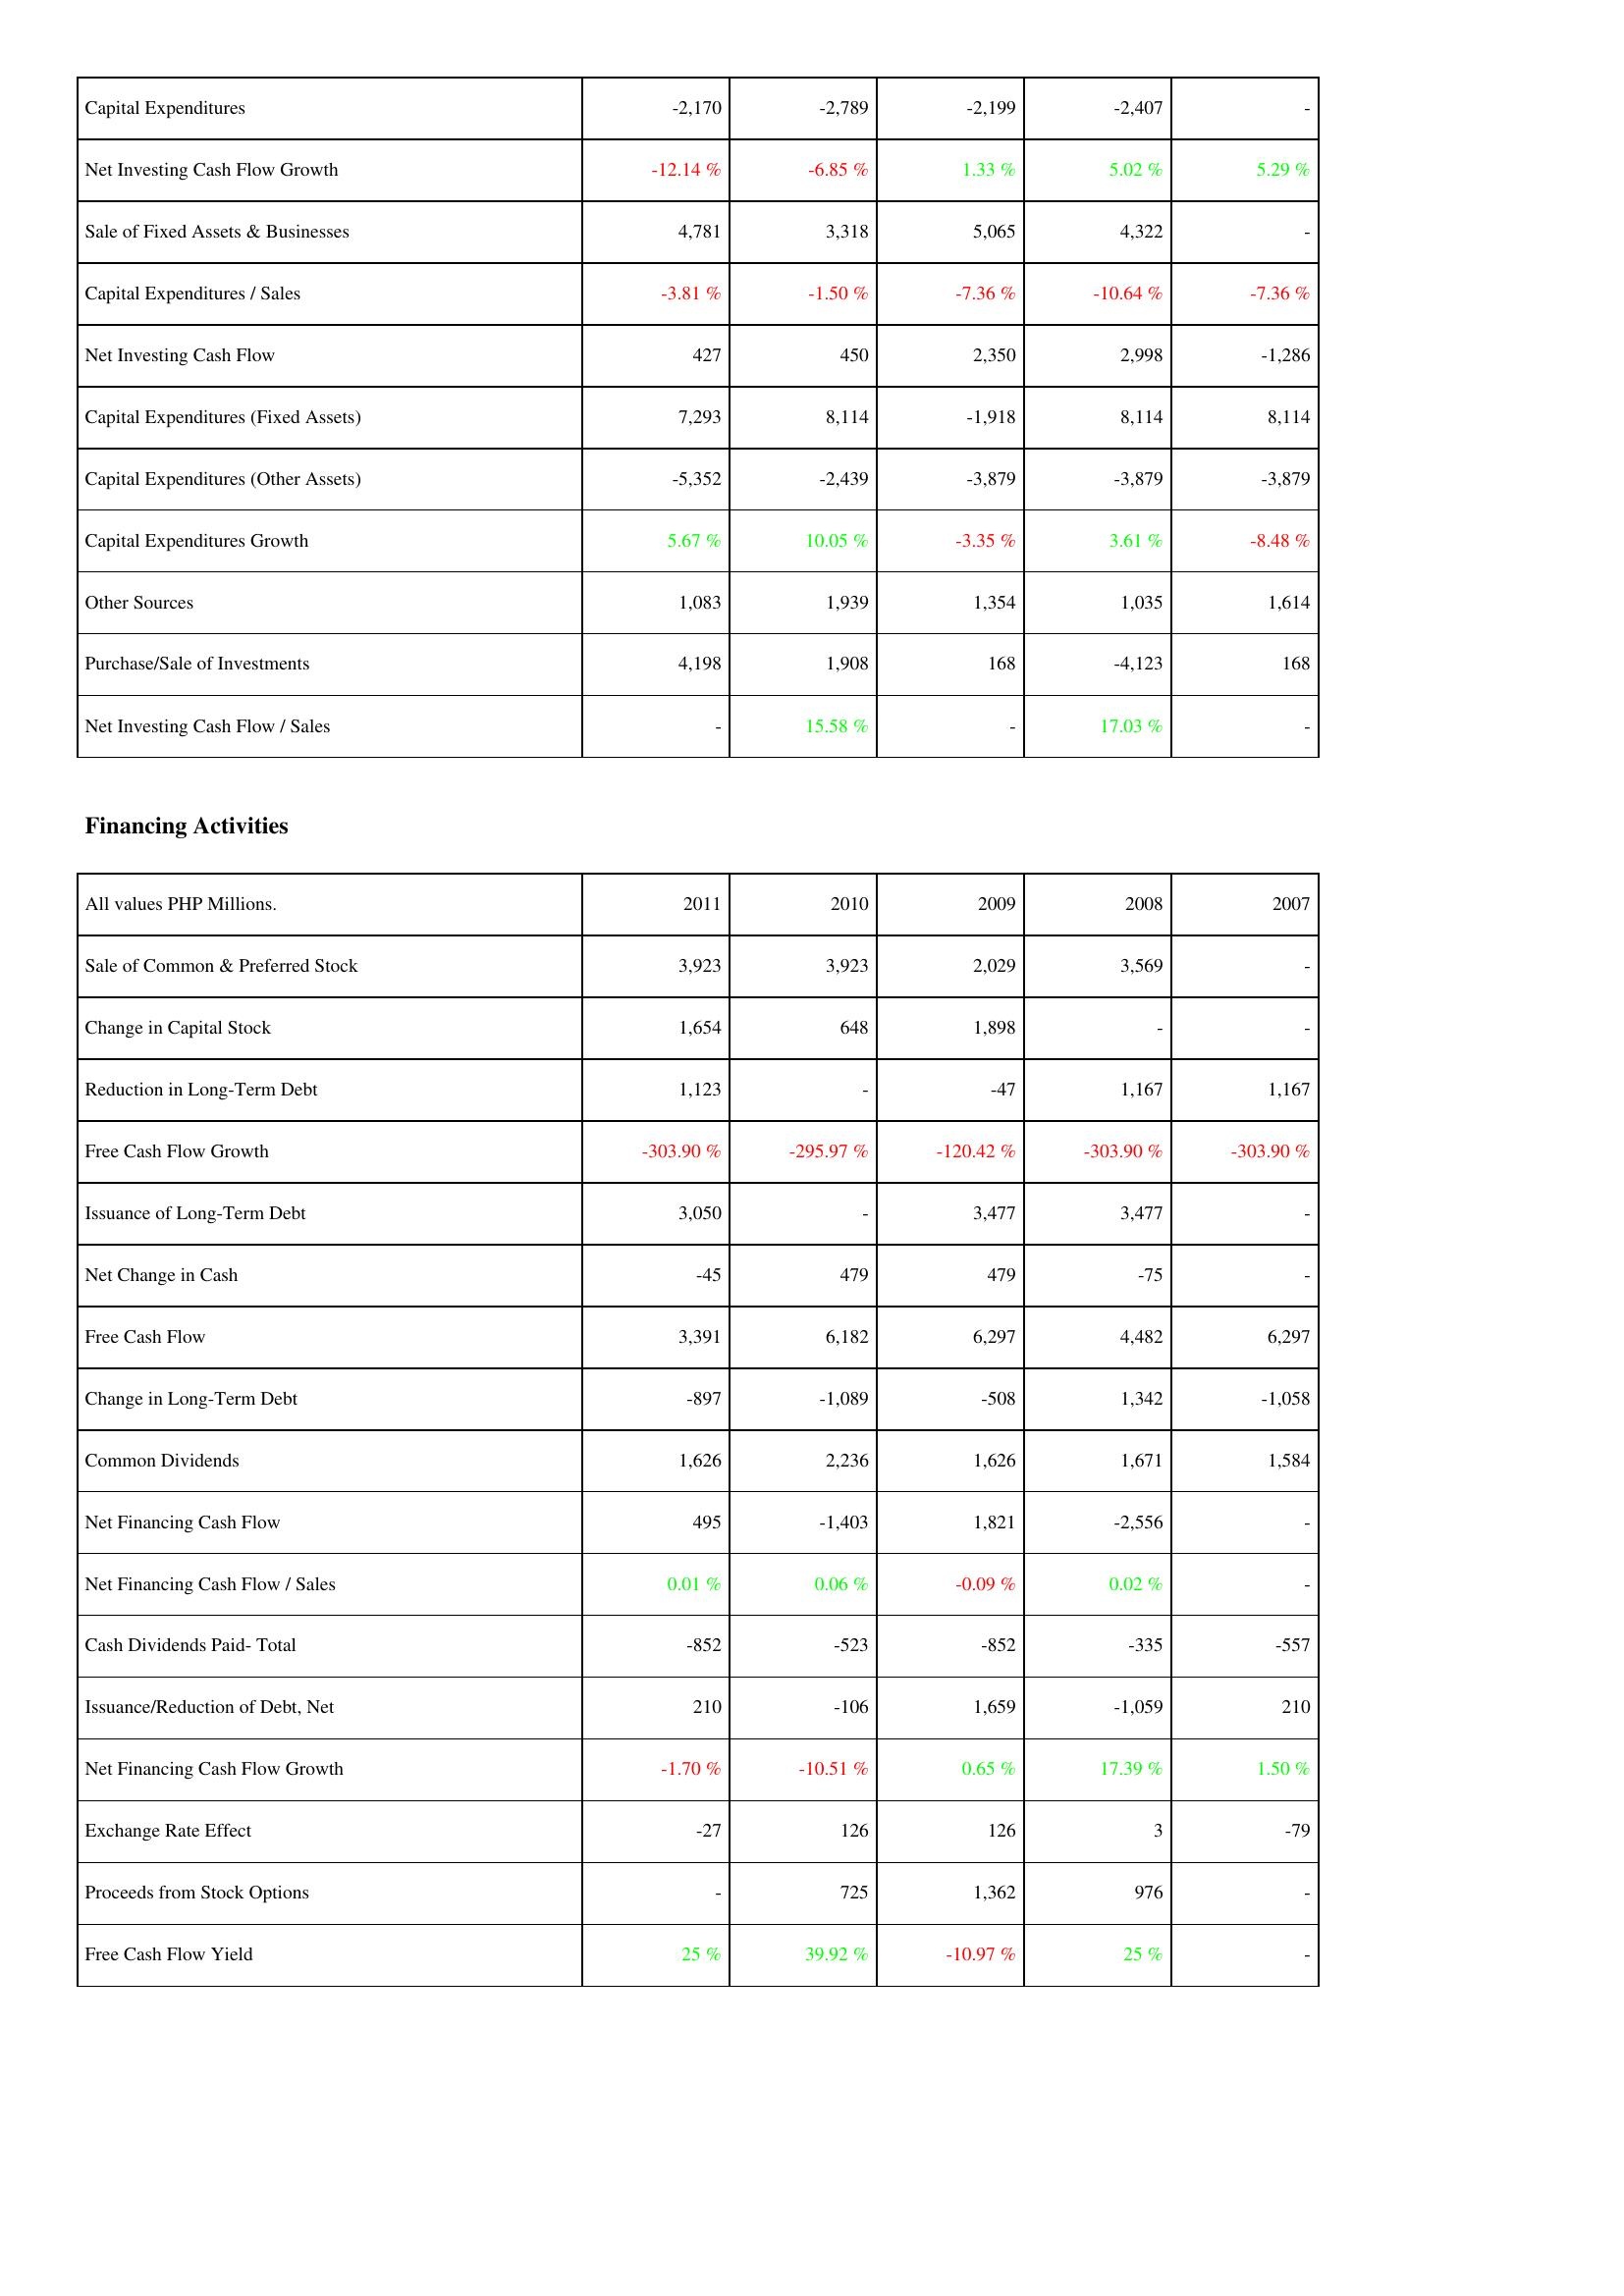
2011: Investing Activities: Capital Expenditures: -2,170
Net Investing Cash Flow Growth: -12.14 %
Sale of Fixed Assets & Businesses: 4,781
Capital Expenditures / Sales: -3.81 %
Net Investing Cash Flow: 427
Capital Expenditures (Fixed Assets): 7,293
Capital Expenditures (Other Assets): -5,352
Capital Expenditures Growth: 5.67 %
Other Sources: 1,083
Purchase/Sale of Investments: 4,198
Net Investing Cash Flow / Sales: -
Financing Activities: Sale of Common & Preferred Stock: 3,923
Change in Capital Stock: 1,654
Reduction in Long-Term Debt: 1,123
Free Cash Flow Growth: -303.90 %
Issuance of Long-Term Debt: 3,050
Net Change in Cash: -45
Free Cash Flow: 3,391
Change in Long-Term Debt: -897
Common Dividends: 1,626
Net Financing Cash Flow: 495
Net Financing Cash Flow / Sales: 0.01 %
Cash Dividends Paid- Total: -852
Issuance/Reduction of Debt, Net: 210
Net Financing Cash Flow Growth: -1.70 %
Exchange Rate Effect: -27
Proceeds from Stock Options: -
Free Cash Flow Yield: 25 %
2010: Investing Activities: Capital Expenditures: -2,789
Net Investing Cash Flow Growth: -6.85 %
Sale of Fixed Assets & Businesses: 3,318
Capital Expenditures / Sales: -1.50 %
Net Investing Cash Flow: 450
Capital Expenditures (Fixed Assets): 8,114
Capital Expenditures (Other Assets): -2,439
Capital Expenditures Growth: 10.05 %
Other Sources: 1,939
Purchase/Sale of Investments: 1,908
Net Investing Cash Flow / Sales: 15.58 %
Financing Activities: Sale of Common & Preferred Stock: 3,923
Change in Capital Stock: 648
Reduction in Long-Term Debt: -
Free Cash Flow Growth: -295.97 %
Issuance of Long-Term Debt: -
Net Change in Cash: 479
Free Cash Flow: 6,182
Change in Long-Term Debt: -1,089
Common Dividends: 2,236
Net Financing Cash Flow: -1,403
Net Financing Cash Flow / Sales: 0.06 %
Cash Dividends Paid- Total: -523
Issuance/Reduction of Debt, Net: -106
Net Financing Cash Flow Growth: -10.51 %
Exchange Rate Effect: 126
Proceeds from Stock Options: 725
Free Cash Flow Yield: 39.92 %
2009: Investing Activities: Capital Expenditures: -2,199
Net Investing Cash Flow Growth: 1.33 %
Sale of Fixed Assets & Businesses: 5,065
Capital Expenditures / Sales: -7.36 %
Net Investing Cash Flow: 2,350
Capital Expenditures (Fixed Assets): -1,918
Capital Expenditures (Other Assets): -3,879
Capital Expenditures Growth: -3.35 %
Other Sources: 1,354
Purchase/Sale of Investments: 168
Net Investing Cash Flow / Sales: -
Financing Activities: Sale of Common & Preferred Stock: 2,029
Change in Capital Stock: 1,898
Reduction in Long-Term Debt: -47
Free Cash Flow Growth: -120.42 %
Issuance of Long-Term Debt: 3,477
Net Change in Cash: 479
Free Cash Flow: 6,297
Change in Long-Term Debt: -508
Common Dividends: 1,626
Net Financing Cash Flow: 1,821
Net Financing Cash Flow / Sales: -0.09 %
Cash Dividends Paid- Total: -852
Issuance/Reduction of Debt, Net: 1,659
Net Financing Cash Flow Growth: 0.65 %
Exchange Rate Effect: 126
Proceeds from Stock Options: 1,362
Free Cash Flow Yield: -10.97 %
2008: Investing Activities: Capital Expenditures: -2,407
Net Investing Cash Flow Growth: 5.02 %
Sale of Fixed Assets & Businesses: 4,322
Capital Expenditures / Sales: -10.64 %
Net Investing Cash Flow: 2,998
Capital Expenditures (Fixed Assets): 8,114
Capital Expenditures (Other Assets): -3,879
Capital Expenditures Growth: 3.61 %
Other Sources: 1,035
Purchase/Sale of Investments: -4,123
Net Investing Cash Flow / Sales: 17.03 %
Financing Activities: Sale of Common & Preferred Stock: 3,569
Change in Capital Stock: -
Reduction in Long-Term Debt: 1,167
Free Cash Flow Growth: -303.90 %
Issuance of Long-Term Debt: 3,477
Net Change in Cash: -75
Free Cash Flow: 4,482
Change in Long-Term Debt: 1,342
Common Dividends: 1,671
Net Financing Cash Flow: -2,556
Net Financing Cash Flow / Sales: 0.02 %
Cash Dividends Paid- Total: -335
Issuance/Reduction of Debt, Net: -1,059
Net Financing Cash Flow Growth: 17.39 %
Exchange Rate Effect: 3
Proceeds from Stock Options: 976
Free Cash Flow Yield: 25 %
2007: Investing Activities: Capital Expenditures: -
Net Investing Cash Flow Growth: 5.29 %
Sale of Fixed Assets & Businesses: -
Capital Expenditures / Sales: -7.36 %
Net Investing Cash Flow: -1,286
Capital Expenditures (Fixed Assets): 8,114
Capital Expenditures (Other Assets): -3,879
Capital Expenditures Growth: -8.48 %
Other Sources: 1,614
Purchase/Sale of Investments: 168
Net Investing Cash Flow / Sales: -
Financing Activities: Sale of Common & Preferred Stock: -
Change in Capital Stock: -
Reduction in Long-Term Debt: 1,167
Free Cash Flow Growth: -303.90 %
Issuance of Long-Term Debt: -
Net Change in Cash: -
Free Cash Flow: 6,297
Change in Long-Term Debt: -1,058
Common Dividends: 1,584
Net Financing Cash Flow: -
Net Financing Cash Flow / Sales: -
Cash Dividends Paid- Total: -557
Issuance/Reduction of Debt, Net: 210
Net Financing Cash Flow Growth: 1.50 %
Exchange Rate Effect: -79
Proceeds from Stock Options: -
Free Cash Flow Yield: -